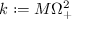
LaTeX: k : = M \Omega _ { + } ^ { 2 }